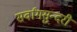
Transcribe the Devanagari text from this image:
सर्वांगसुन्दरी